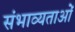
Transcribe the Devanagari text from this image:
संभाव्यताओं